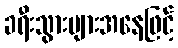
ခရီးသွားများအနေဖြင့်